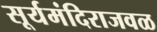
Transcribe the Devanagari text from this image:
सूर्यमंदिराजवळ